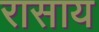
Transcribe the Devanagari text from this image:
रासाय